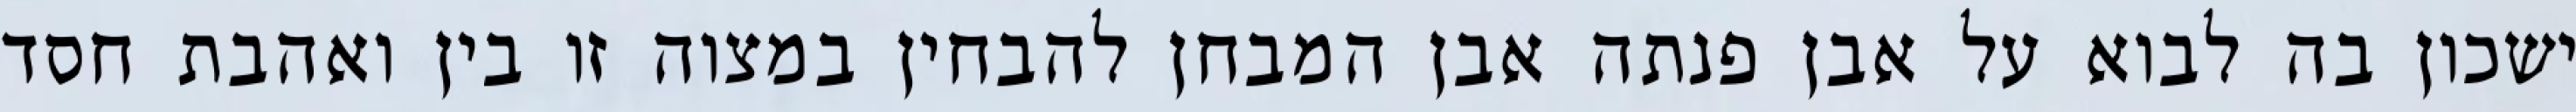
ישכון בה לבוא על אבן פנתה אבן המבחן להבחין במצוה זו בין ואהבת חסד